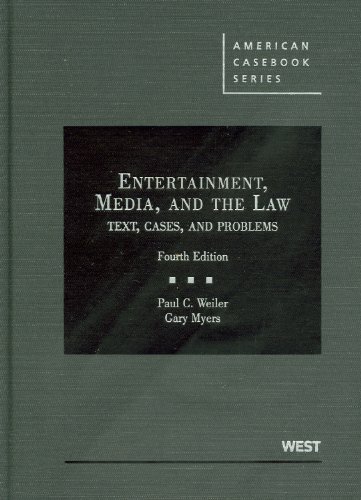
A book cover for Entertainment, Media, and the Law: Text, Cases, and Problems (American Casebook Series); Paul Weiler; Law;